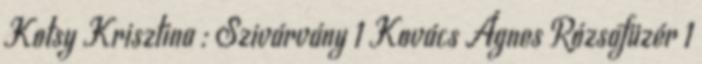
Kotsy Krisztina : Szivárvány 1 Kovács Ágnes Rózsafüzér 1